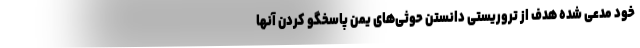
خود مدعی شده هدف از تروریستی دانستن حوثی‌های یمن پاسخگو کردن آنها